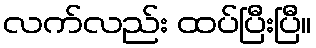
လက်လည်း ထပ်ပြီးပြီ။